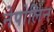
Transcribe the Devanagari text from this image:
नेपोलिन